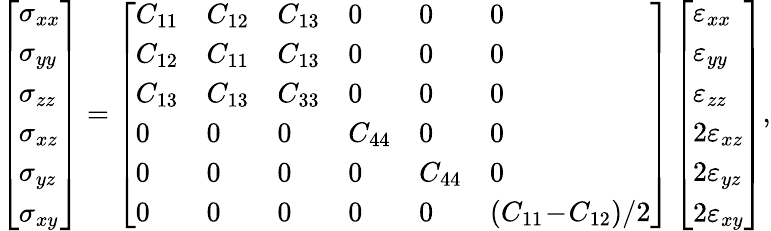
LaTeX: \left[\begin{array}{l}{\sigma_{xx}}\\ {\sigma_{yy}}\\ {\sigma_{zz}}\\ {\sigma_{xz}}\\ {\sigma_{yz}}\\ {\sigma_{xy}}\end{array}\right]=\left[\begin{array}{llllll}{C_{11}}&{C_{12}}&{C_{13}}&{0}&{0}&{0}\\ {C_{12}}&{C_{11}}&{C_{13}}&{0}&{0}&{0}\\ {C_{13}}&{C_{13}}&{C_{33}}&{0}&{0}&{0}\\ {0}&{0}&{0}&{C_{44}}&{0}&{0}\\ {0}&{0}&{0}&{0}&{C_{44}}&{0}\\ {0}&{0}&{0}&{0}&{0}&{(C_{11}\! -\! C_{12})/2}\end{array}\right]\left[\begin{array}{l}{\varepsilon_{xx}}\\ {\varepsilon_{yy}}\\ {\varepsilon_{zz}}\\ {2\varepsilon_{xz}}\\ {2\varepsilon_{yz}}\\ {2\varepsilon_{xy}}\end{array}\right],